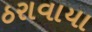
ઠરાવાયા